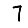
Digit: 7